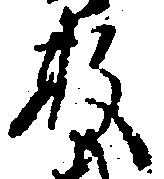
数